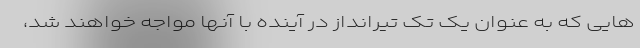
هایی که به عنوان یک تک تیرانداز در آینده با آنها مواجه خواهند شد،